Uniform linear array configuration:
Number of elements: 48
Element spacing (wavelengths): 0.5
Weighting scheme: hann
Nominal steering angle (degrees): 15
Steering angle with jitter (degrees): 15.32
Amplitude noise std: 0.05
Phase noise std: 0.05

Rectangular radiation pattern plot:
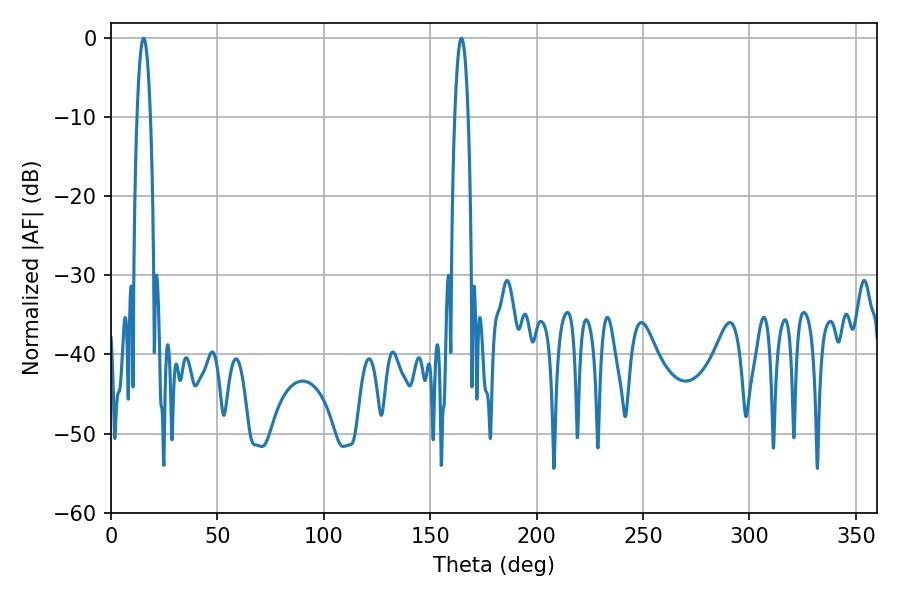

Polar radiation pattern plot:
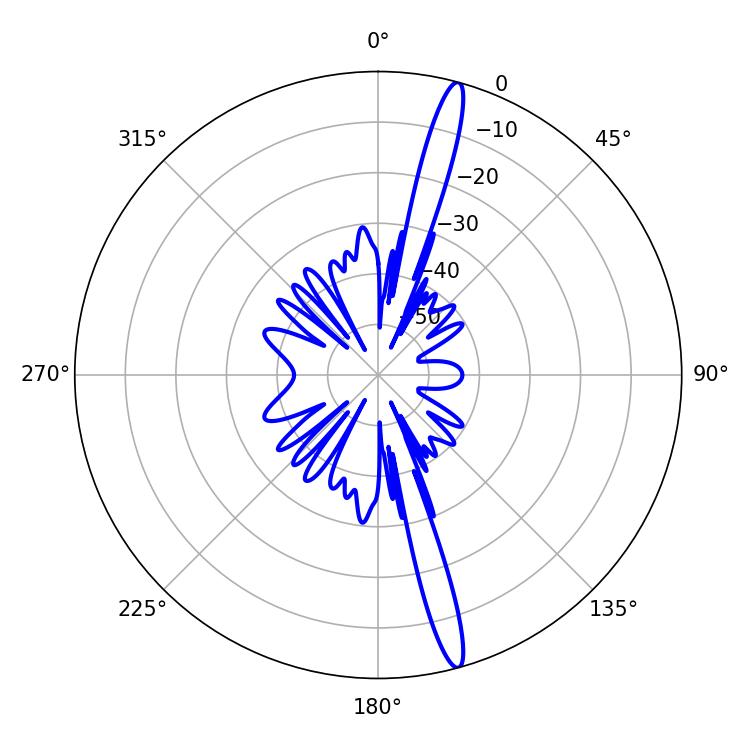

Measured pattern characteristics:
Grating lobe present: FALSE
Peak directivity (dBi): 17.605
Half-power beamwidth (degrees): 3.42
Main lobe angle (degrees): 15.3